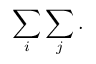
\sum _ { i } \sum _ { j } .